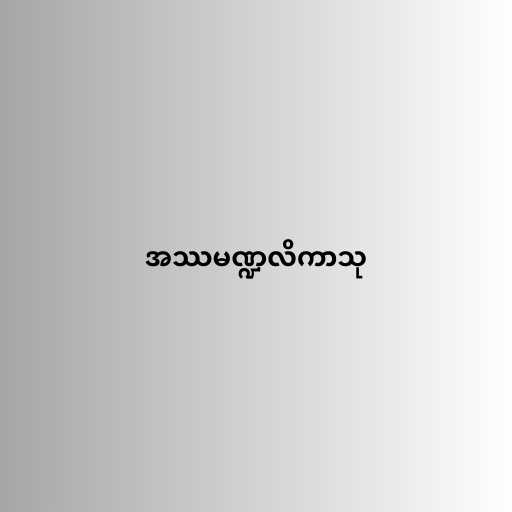
အဿမဏ္ဍလိကာသု